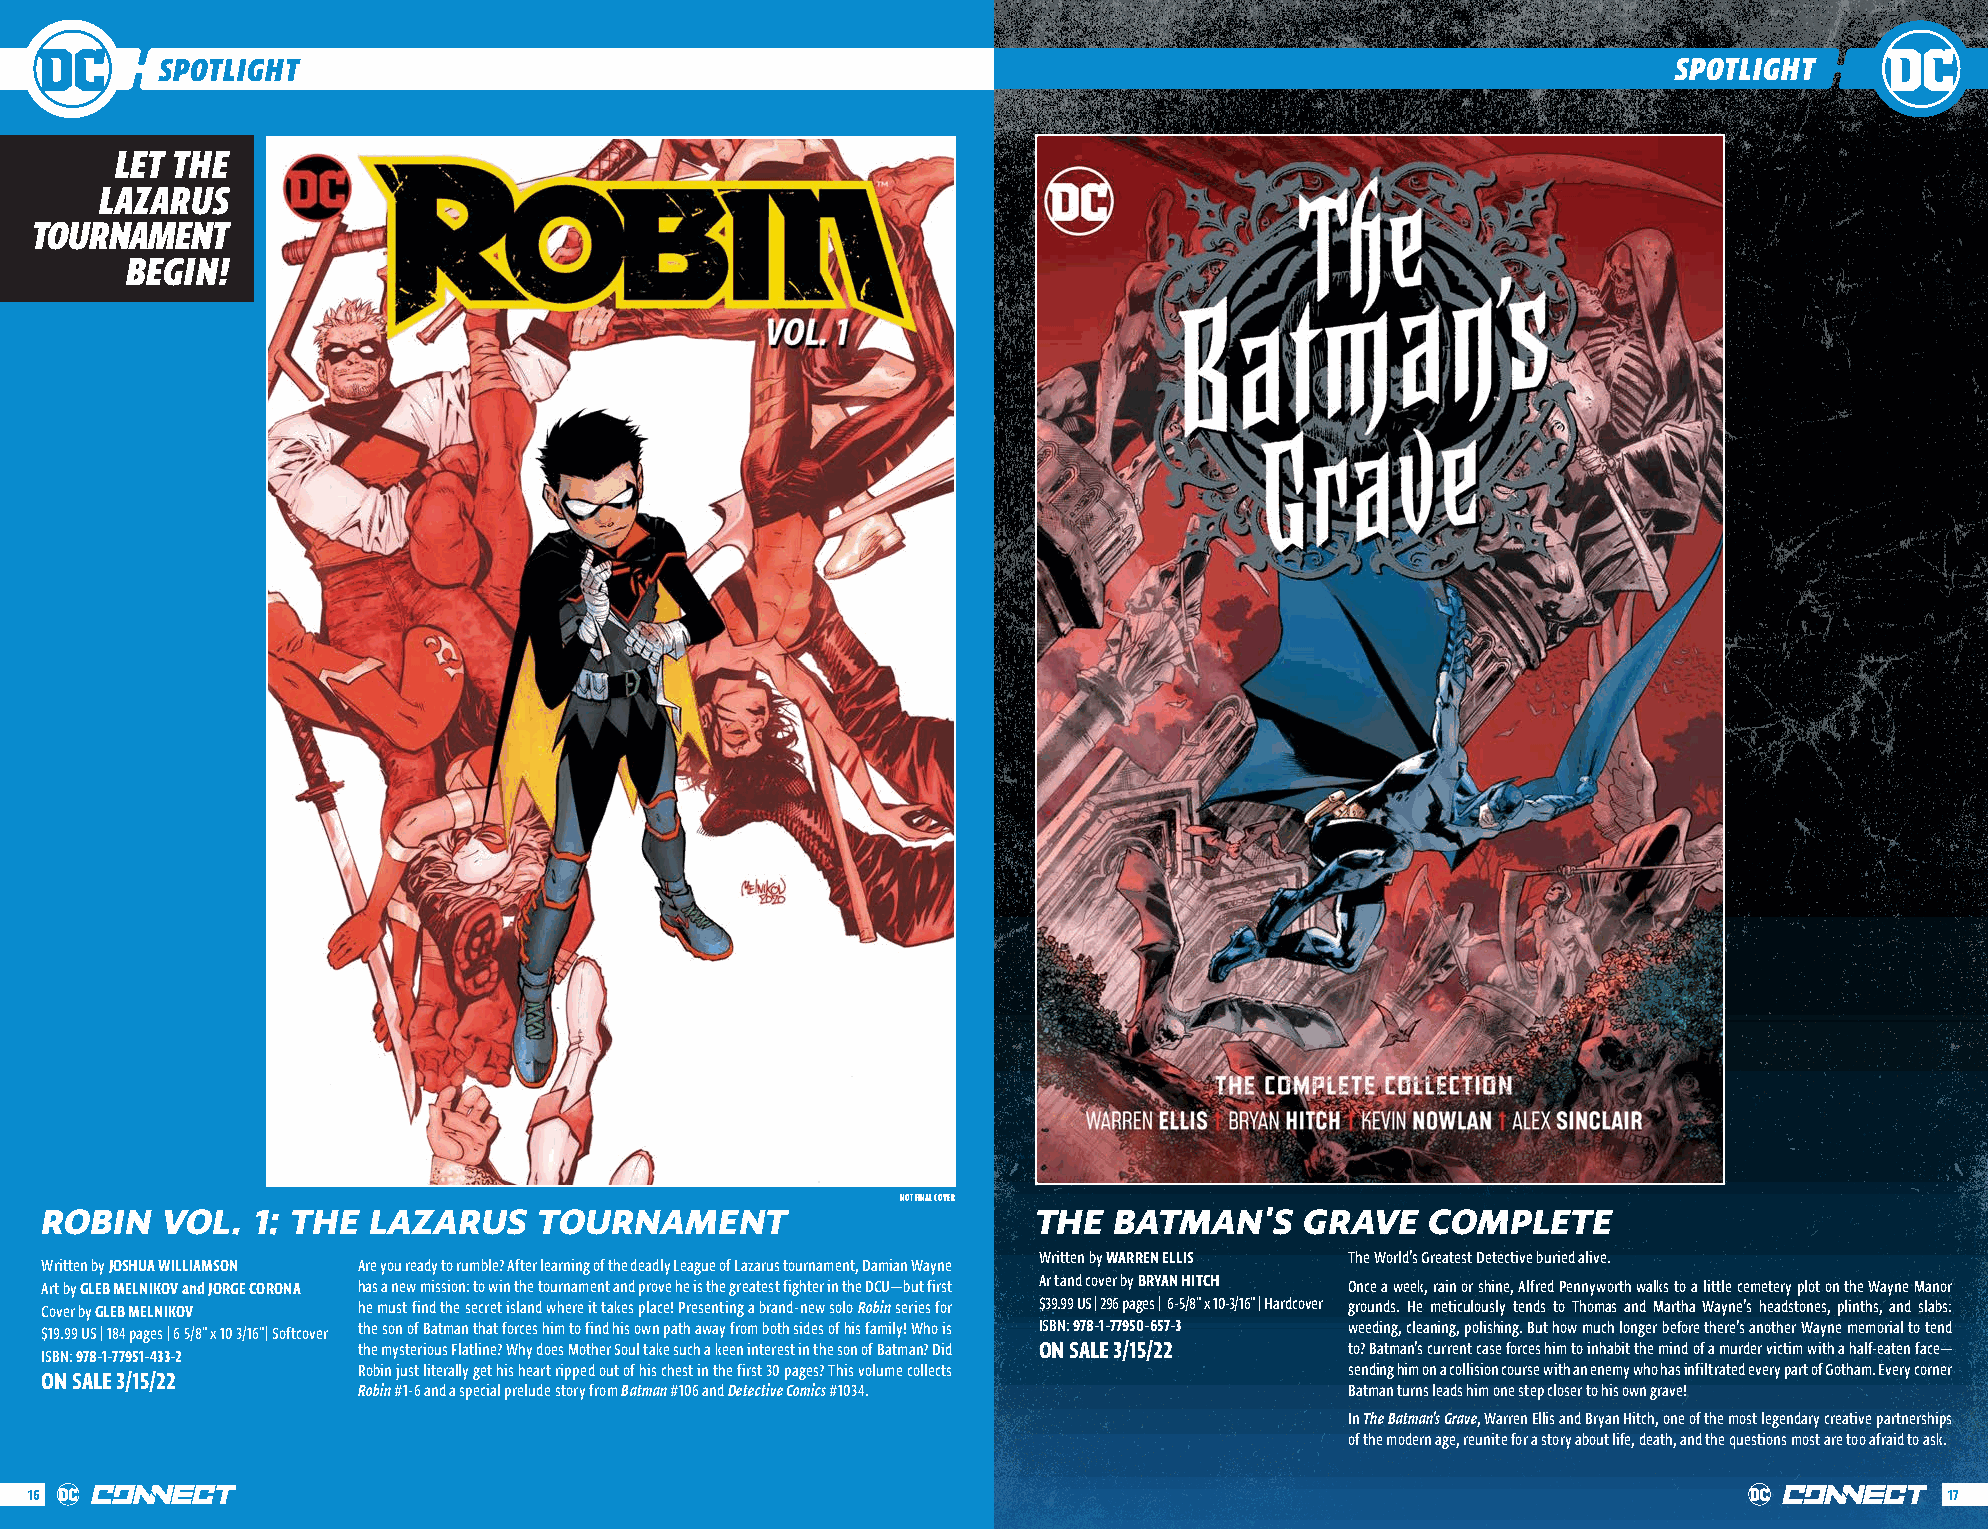
SPOTLIGHT                                                                                           SPOTLIGHT
 LET THE
 LAZARUS
 TOURNAMENT
 BEGIN!
 NOT FINAL COVER
 ROBIN   VOL.  1: THE LAZARUS     TOURNAMENT                       THE  BATMAN'S    GRAVE    COMPLETE
 Written by WARREN ELLIS The World’s Greatest Detective buried alive.
 Written by JOSHUA WILLIAMSON Are you ready to rumble? After learning of the deadly League of Lazarus tournament, Damian Wayne
 Art by GLEB MELNIKOV and JORGE CORONA has a new mission: to win the tournament and prove he is the greatest fighter in the DCU—but first Ar tand cover by BRYAN HITCH Once a week, rain or shine, Alfred Pennyworth walks to a little cemetery plot on the Wayne Manor
 Cover by GLEB MELNIKOV he must find the secret island where it takes place! Presenting a brand-new solo Robin series for $39.99 US | 296 pages | 6-5/8" x 10-3/16" | Hardcover grounds. He meticulously tends to Thomas and Martha Wayne’s headstones, plinths, and slabs:
 $19.99 US | 184 pages | 6 5/8" x 10 3/16"| Softcover the son of Batman that forces him to find his own path away from both sides of his family! Who is ISBN: 978-1-77950-657-3 weeding, cleaning, polishing. But how much longer before there’s another Wayne memorial to tend
 the mysterious Flatline? Why does Mother Soul take such a keen interest in the son of Batman? Did ON SALE 3/15/22 to? Batman’s current case forces him to inhabit the mind of a murder victim with a half-eaten face—
 ISBN: 978-1-77951-433-2
 Robin just literally get his heart ripped out of his chest in the first 30 pages? This volume collects sending him on a collision course with an enemy who has infiltrated every part of Gotham. Every corner
 ON SALE 3/15/22
 Robin #1-6 and a special prelude story from Batman #106 and Detective Comics #1034. Batman turns leads him one step closer to his own grave!
 In The Batman’s Grave, Warren Ellis and Bryan Hitch, one of the most legendary creative partnerships
 of the modern age, reunite for a story about life, death, and the questions most are too afraid to ask.
 16                                                                                                                             17